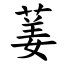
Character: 葁